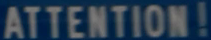
ATTENTION!